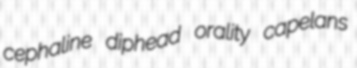
cephaline diphead orality capelans